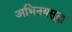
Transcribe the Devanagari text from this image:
अभिनयसुद्धा